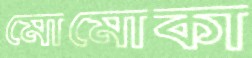
মোমোকা